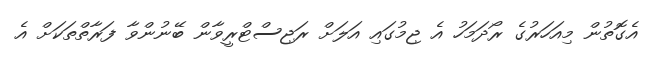
އެގޮތުން މިއަހަރުގެ ރޯދަމަހު އެ ޖިމުގައި އަލަށް ރަޖިސްޓްރީވާން ބޭނުންވާ ފަރާތްތަކަށް އެ